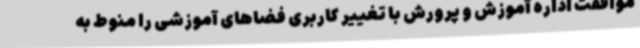
موافقت اداره آموزش و پرورش با تغییر کاربری فضاهای آموزشی را منوط به